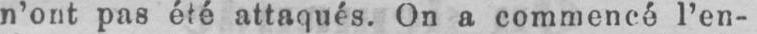
n’ont pas été attaqués. On a commencé l’en-